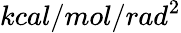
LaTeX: kcal/mol/rad^{2}